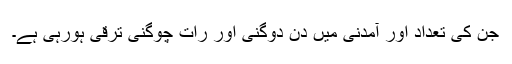
جن کی تعداد اور آمدنی میں دن دوگنی اور رات چوگنی ترقی ہورہی ہے۔